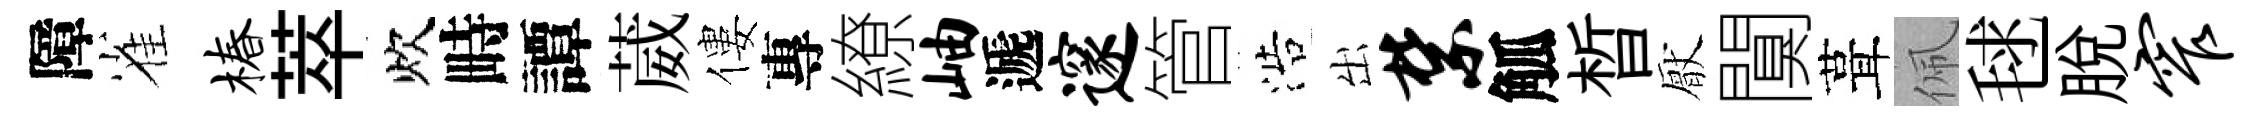
障雀椿萃炊畤譚葳僂專繚岫遞邃管浩出禁觚晳厭闃葺佩毬脫窄